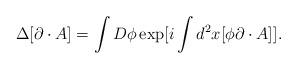
LaTeX: \begin{align*}\Delta [\partial \cdot A ]= \int D \phi \exp [i \int d ^{2} x [\phi \partial \cdot A ] ].\end{align*}